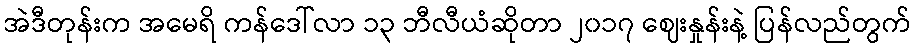
အဲဒီတုန်းက အမေရိ ကန်ဒေါ်လာ ၁၃ ဘီလီယံဆိုတာ ၂၀၁၇ ဈေးနှုန်းနဲ့ ပြန်လည်တွက်